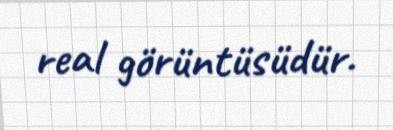
real görüntüsüdür.